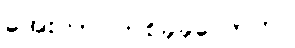
အေးတာ တစ်ခုခုလောက်။